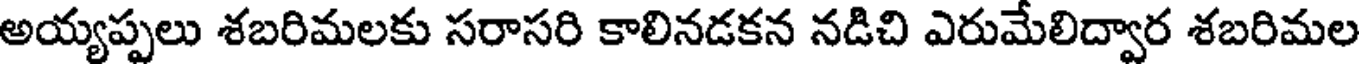
అయ్యప్పలు శబరిమలకు సరాసరి కాలినడకన నడిచి ఎరుమేలిద్వార శబరిమల